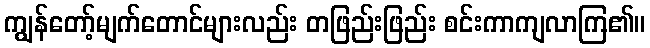
ကျွန်တော့်မျက်တောင်များလည်း တဖြည်းဖြည်း စင်းကာကျလာကြ၏။